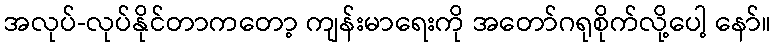
အလုပ်-လုပ်နိုင်တာကတော့ ကျန်းမာရေးကို အတော်ဂရုစိုက်လို့ပေါ့ နော်။